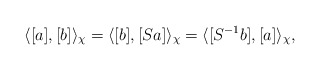
\begin{align*} \langle [a],[b]\rangle_{\chi} = \langle [b],[Sa]\rangle_{\chi} = \langle [S^{-1}b], [a]\rangle_{\chi}, \end{align*}